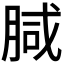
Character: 𭨺